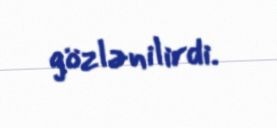
gözlənilirdi.